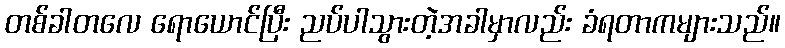
တစ်ခါတလေ ရောယောင်ပြီး ညပ်ပါသွားတဲ့အခါမှာလည်း ခံရတာကများသည်။